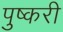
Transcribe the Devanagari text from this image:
पुष्करी